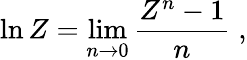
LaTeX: \ln Z=\operatorname*{lim}_{n\to 0}\frac{Z^{n}-1}{n}\; ,